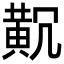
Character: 𪎸